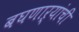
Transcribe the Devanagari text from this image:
बघणाऱ्यांची